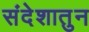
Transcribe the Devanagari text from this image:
संदेशातुन